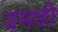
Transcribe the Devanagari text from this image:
दमडी